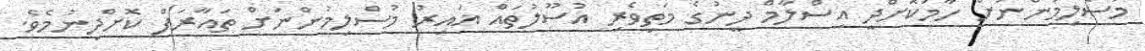
މުސްލިމުންނަށް ހާމަކޮށްދީ އިސްލާމް ދީނުގެ މަތިވެރި އުސޫލުތައް ޣައިރު މުސްލިމުންނަށް ތައާރަފް ކޮށްދިނުމެވެ.